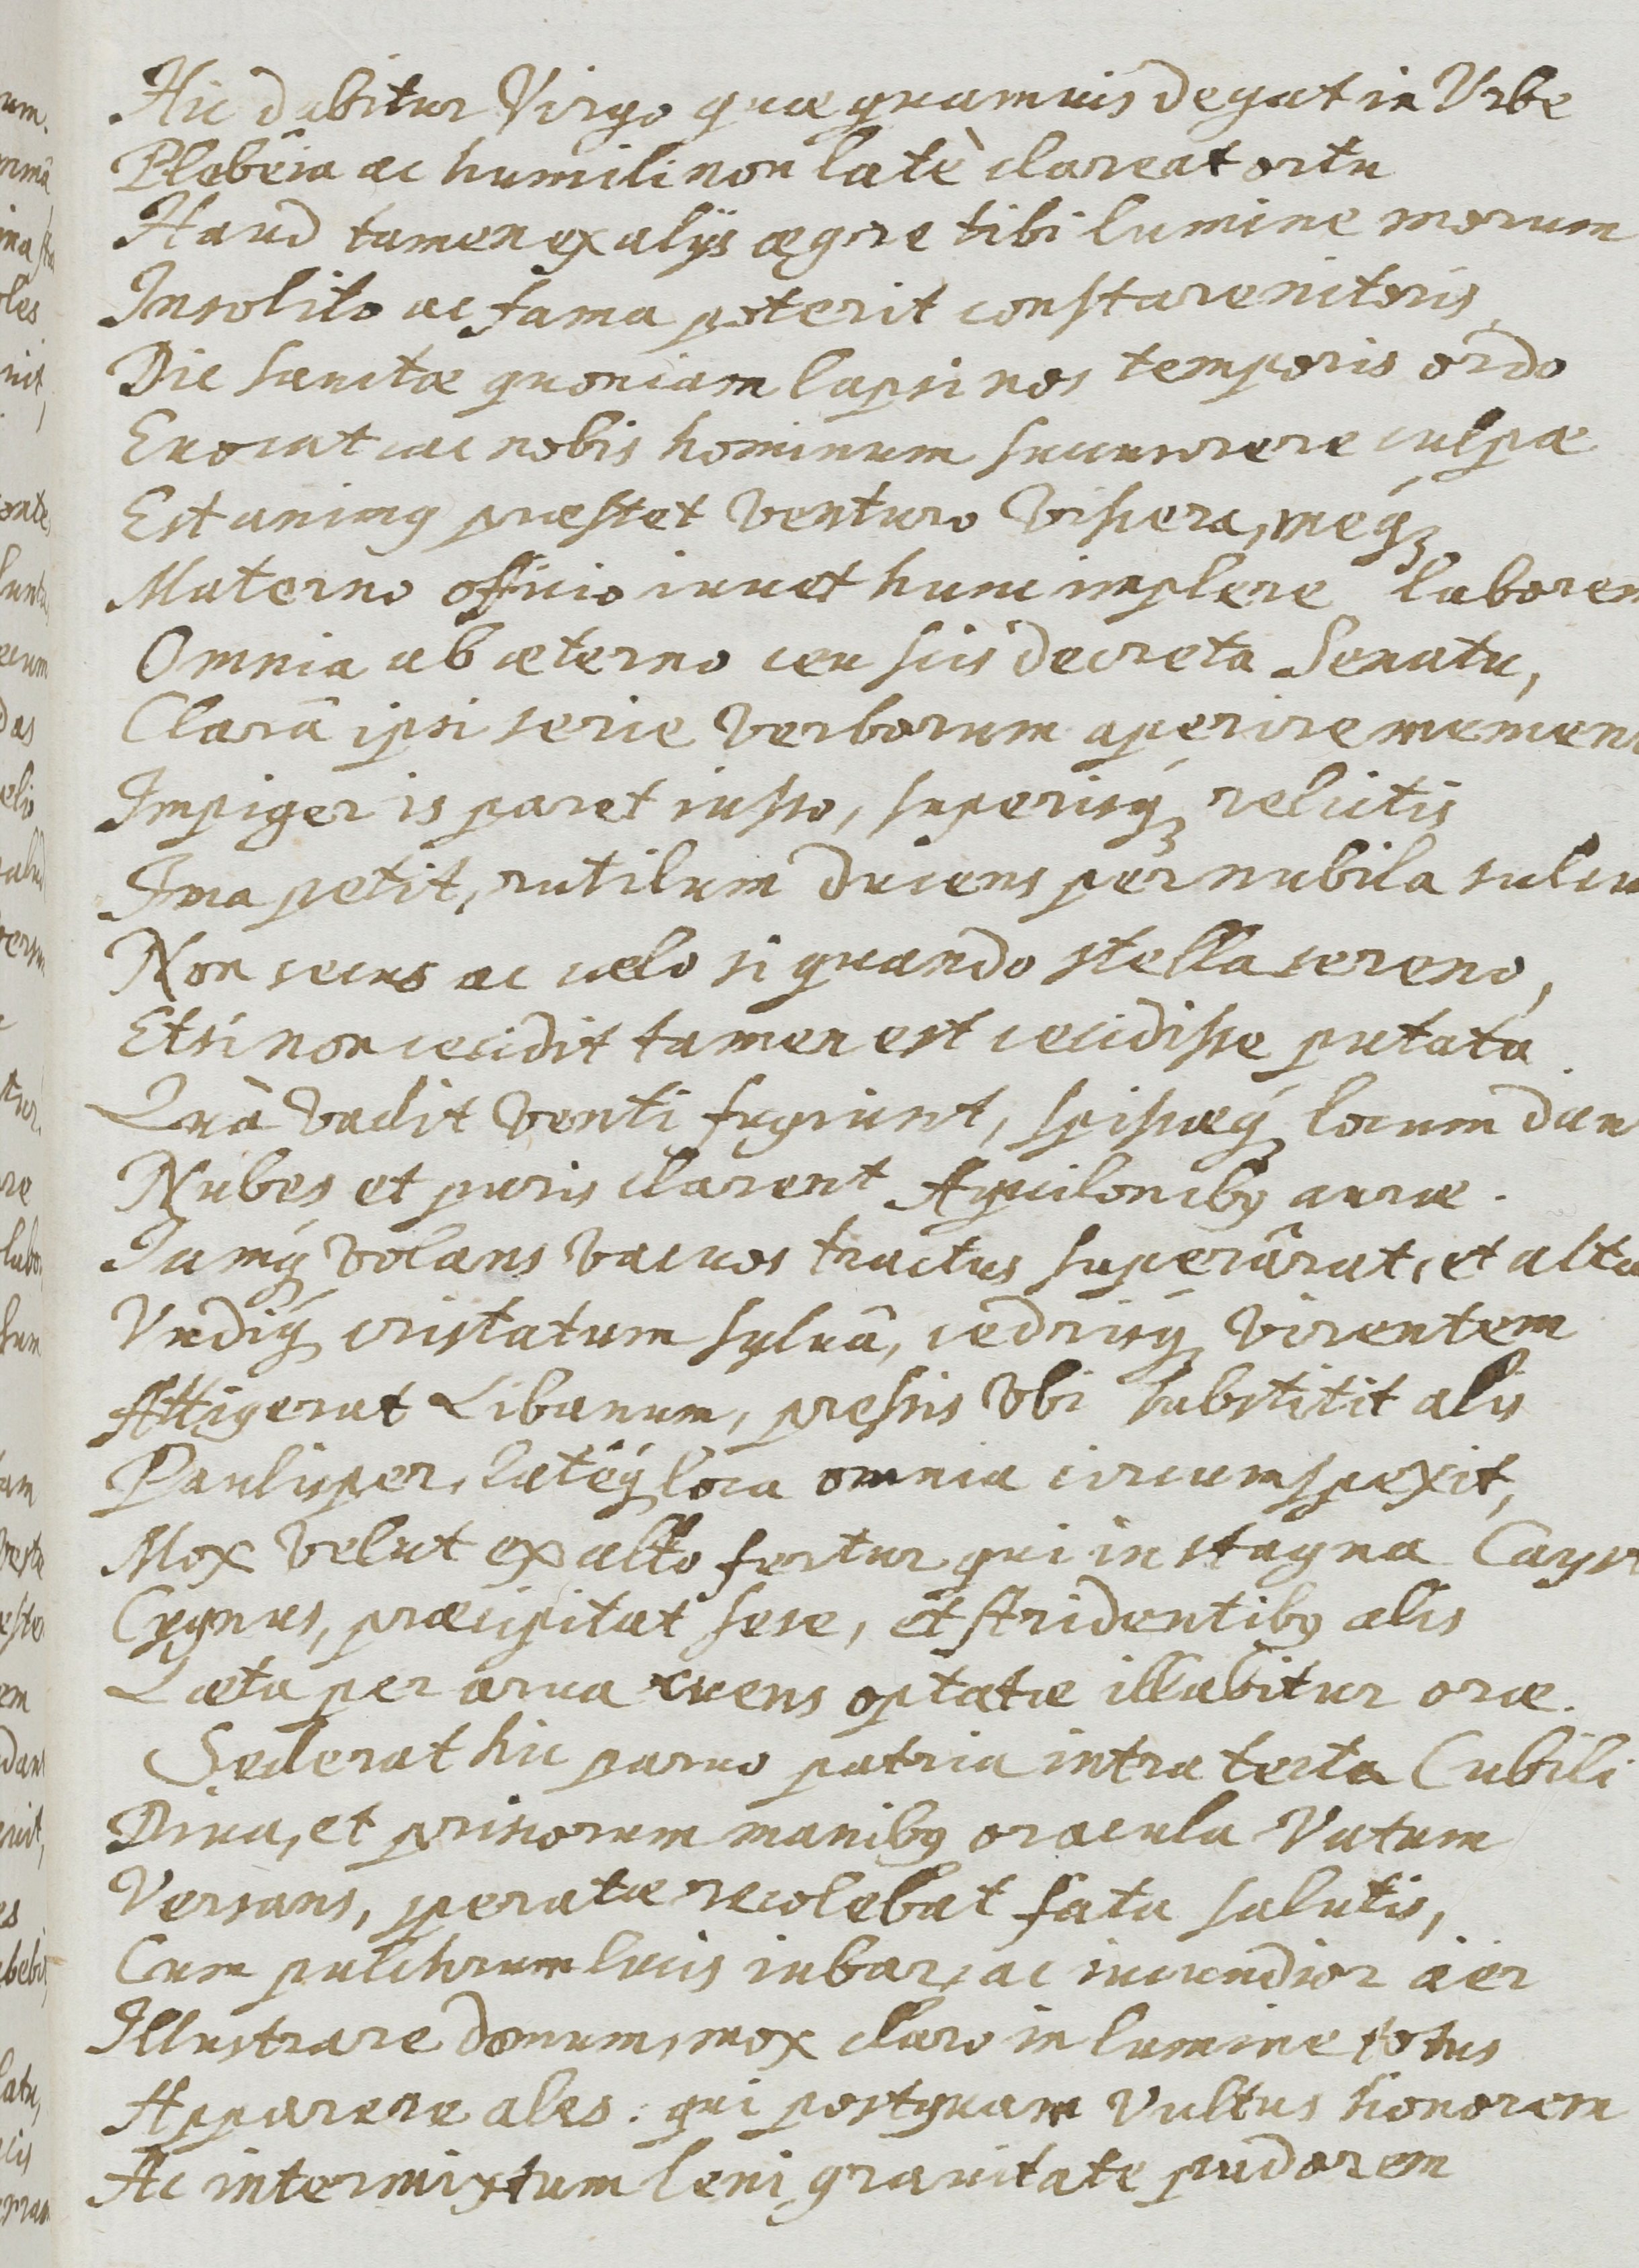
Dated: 1655–1655